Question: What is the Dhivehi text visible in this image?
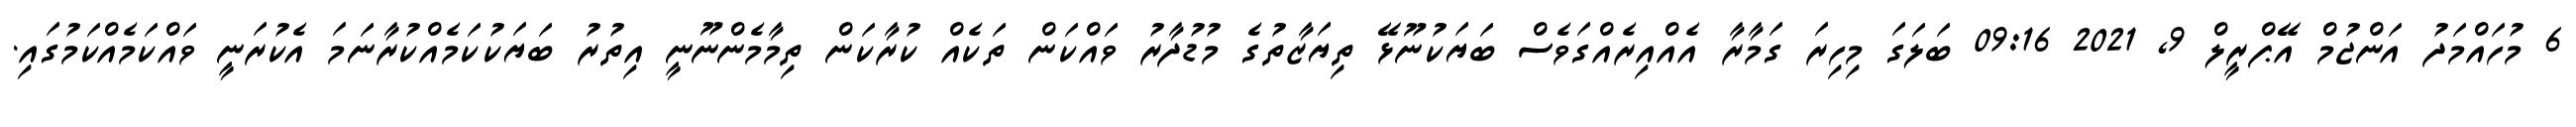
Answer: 6 މުހައްމަދު އަންޖުމް އޭޕްރީލް 9, 2021 09:16 ބަލަގަ މިހިރަ ގަމާރާ އެއްއިރެއްގަވެސް ބަޔަކުނޫޅޭ ތިޔަޒާތުގެ މުޑުދާރު ވައްކަން ތަކެއް ކުރާކަން ތިމާމެންނޫނީ އިތުރު ބަޔަކުކަމެއްކުރާނަމަ އެކުރަނީ ވައްކަމެއްކަމުގައި.